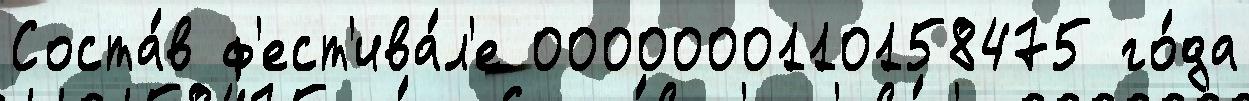
Соста́в ф'ест'ива́л'е 0000000110158475 го́да